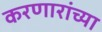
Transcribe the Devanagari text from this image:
करणारांच्या